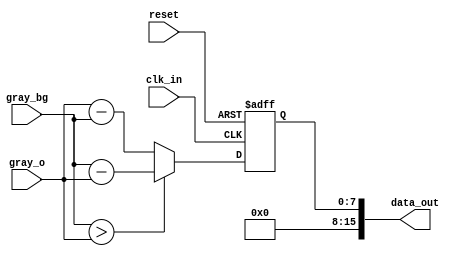
module delta_frame
  (
  input wire clk_in,
  input wire reset,
  input wire [7:0] gray_o,
  input wire [7:0] gray_bg,
  // output reg clk_out,
  output wire [15:0] data_out
  );
    
  reg [7:0] data_reg;
  reg [7:0] data_raw;
  
  always @(posedge clk_in or posedge reset) begin
    if (reset) 
      data_raw <= 0;
    else 
      data_raw <= data_reg;
  end
  
  always @(*) begin
    if (gray_bg > gray_o) data_reg = gray_bg - gray_o;
    else  data_reg = gray_o - gray_bg ;
  end

  assign data_out = {8'h00, data_raw};

endmodule